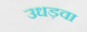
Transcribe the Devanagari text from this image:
उधड़वा